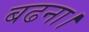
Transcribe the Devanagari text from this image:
बढना।